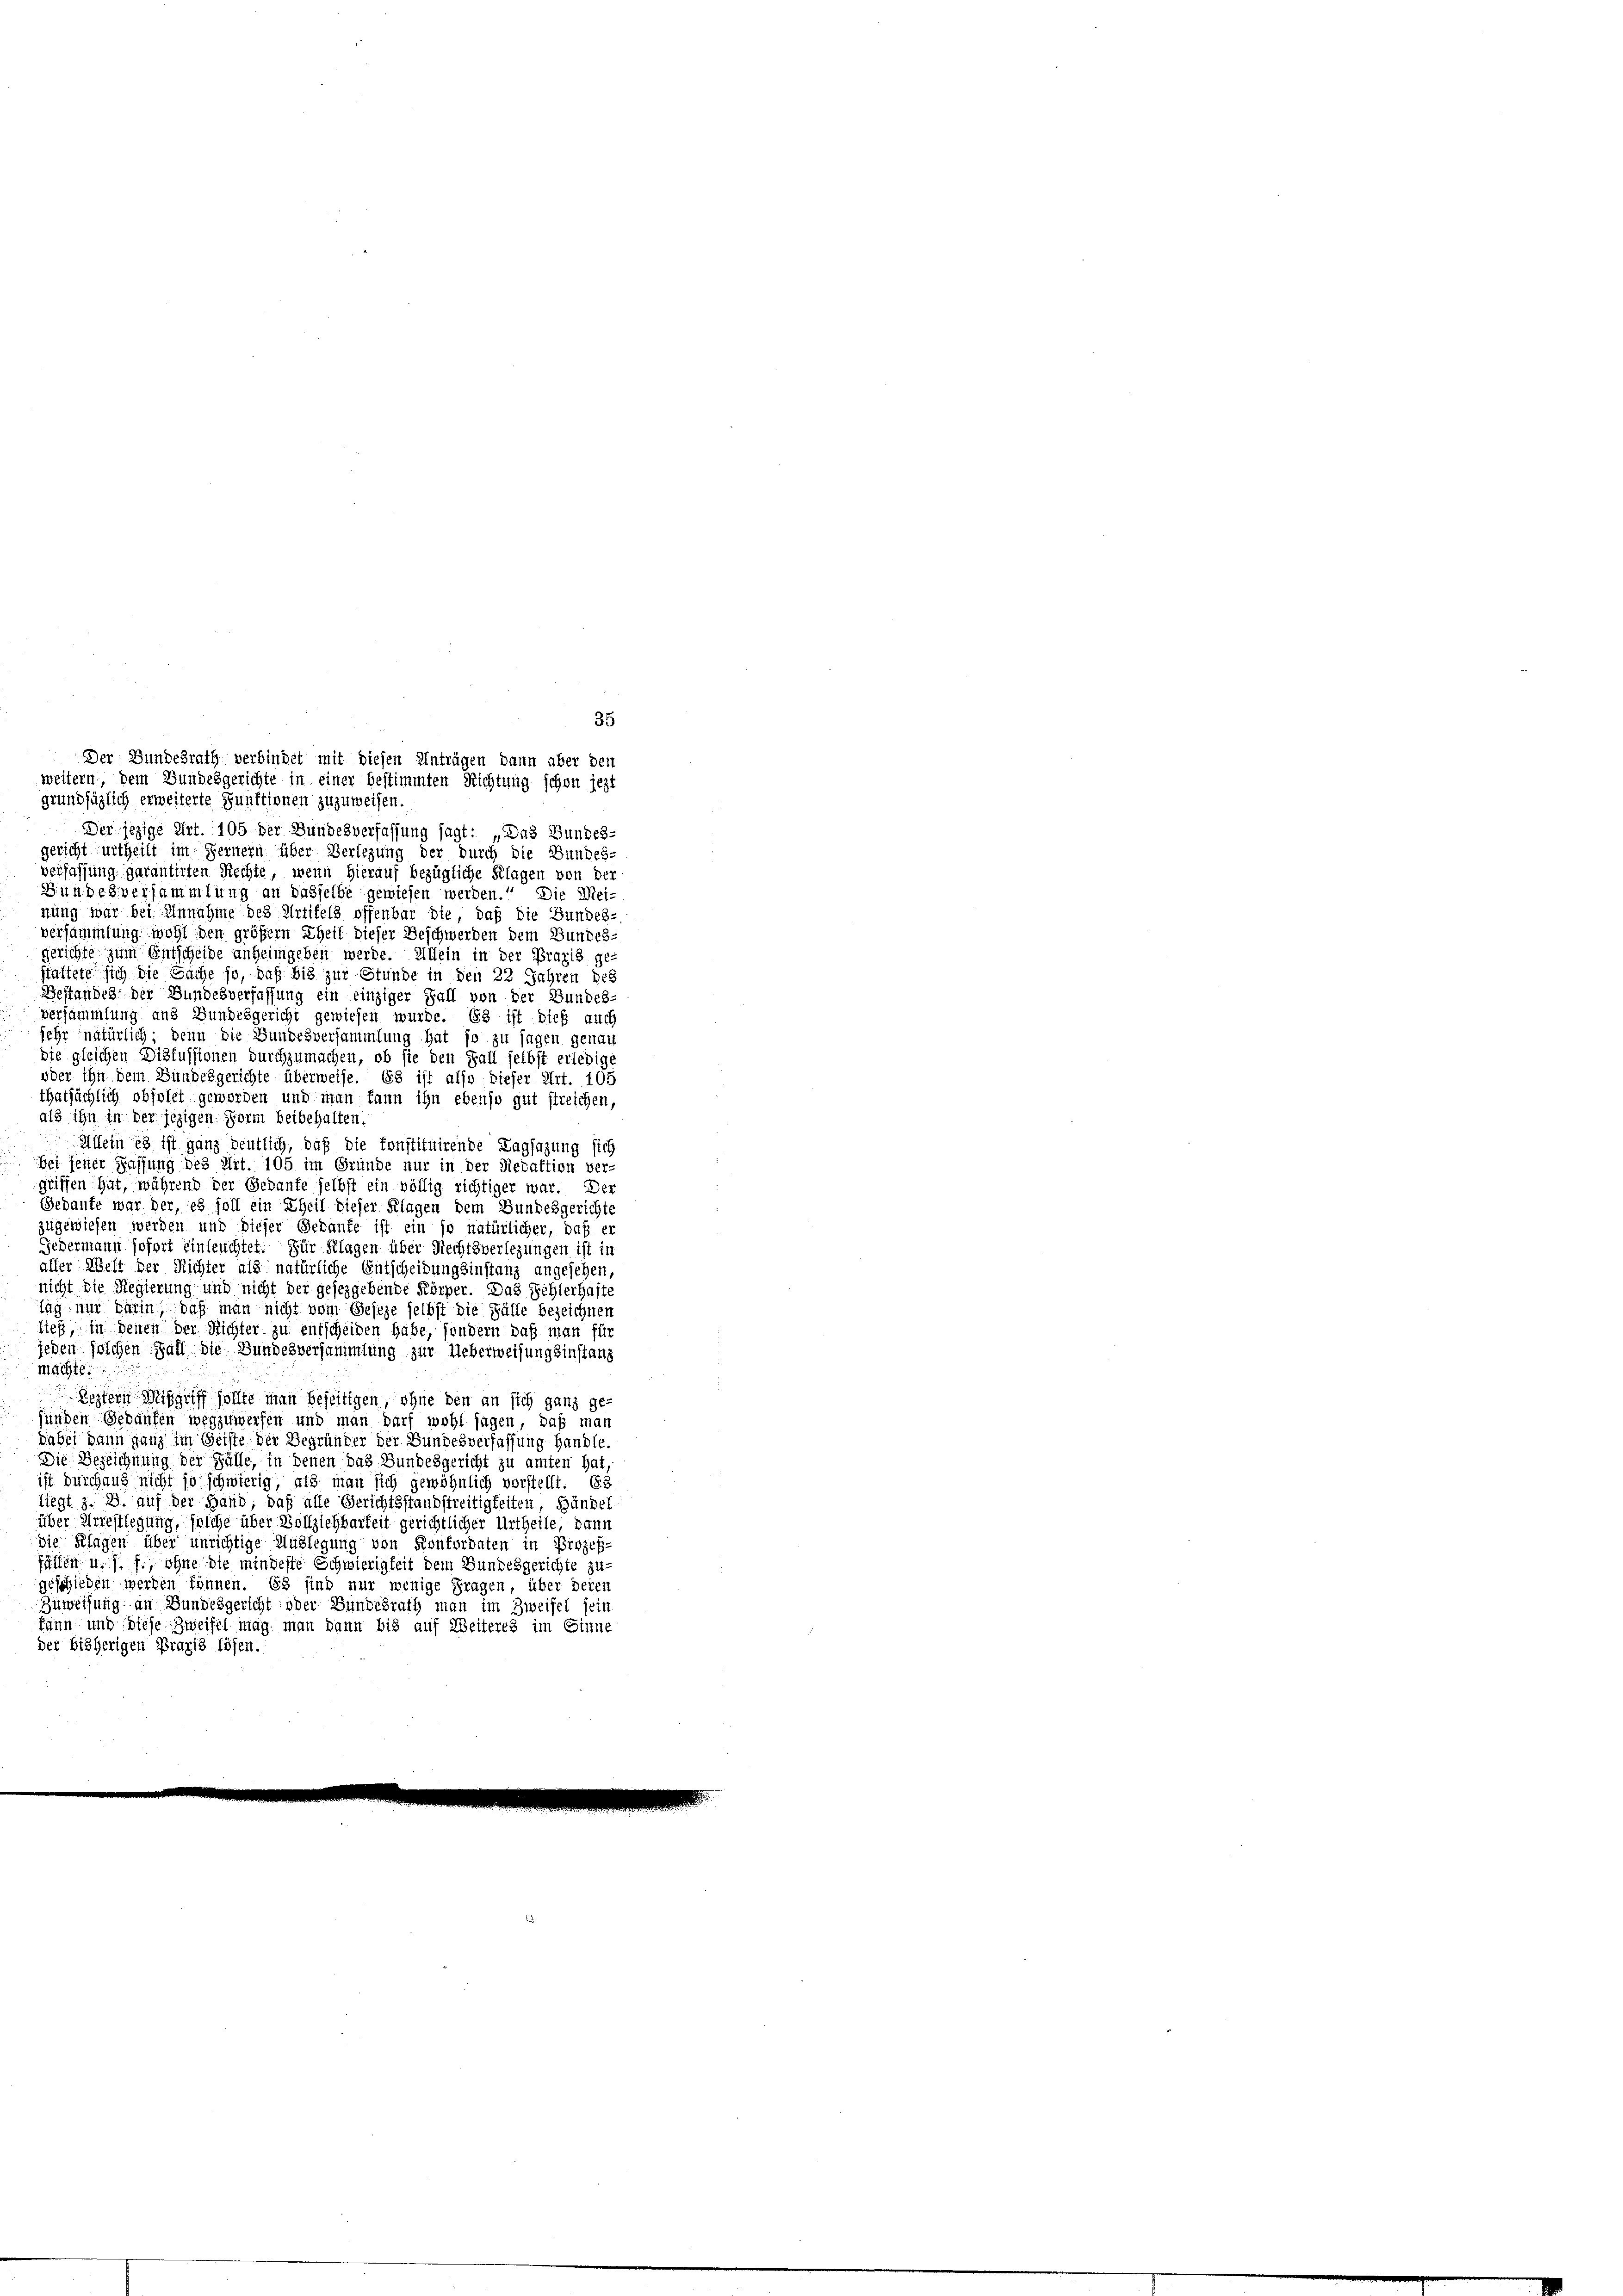
35
Der Bundesrath verbindet mit diesen Anträgen dann aber den
weitern, dem Bundesgerichte in einer bestimmten Richtung schon jezt

grundsätzlich erweiterte Punktionen zuzuweisen.
Der jezige Art. 105 der Bundesverfassung sagt: „Das Bundes-
gericht urtheilt im Fernern über Verlegung der durch die Bundes-
verfassung garantirten Rechte, wenn hierauf bezügliche Klagen von der
Gundesversammlung an dasselbe gewiesen werden.“ Die Mei-
nung war bei Annahme des Urtifels offenbar die daß die Bundes-
versammlung wohl den größern Theil dieser Beschwerden dem Bundes-
gerichte zum Entscheide anheimgeben werde. Allein in der Praxis ge-
staltete sich die Sache so, daß bis zur Stunde in den 22 Jahren des
Bestandes der Bundesverfassung ein einziger Fall von der Bundes-
versammlung aus Bundesgericht gewiesen wurde. Es ist dieß auch
sehr natürlich; denn die Bundesversammlung hat so zu sagen genau
die gleichen Diskussionen durchzumachen, ob sie den Fall selbst erledige
oder ihn dem Bundesgerichte überweise. Es ist also dieser Art. 105
thatsächlich obsolet geworden und man kann ihn ebenso gut streichen,
als ihn in der jezigen Form beibehalten.
Allein es ist ganz deutlich, daß die konstituirende Tagsazung sich
bei jener Fassung des Art. 105 im Gründe nur in der Redaktion ver-
griffen hat, während der Gedanke selbst ein völlig richtiger war. Der
Gedanke war der, es soll ein Theil dieser Klagen dem Bundesgerichte
zugewiesen werden und dieser Gedanke ist ein so natürlicher, daß er
Gedermann sofort einleuchtet. Für Klagen über Rechtsverlegungen ist in
aller Welt der Richter als natürliche Entscheidungsinstanz angesehen,
nicht die Regierung und nicht der gesezgebende Körper. Das Fehlerhafte
tag nur darin, daß man nicht vom Geseze selbst die Fälle bezeichnen
ließ, in denen der Richter zu entscheiden habe, sondern daß man für
jeden solchen Fall die Bundesversammlung zur Ueberweisungsinstanz
Machte
Restern Mißgriff sollte man beseitigen, ohne den an sich ganz ge-
fünden Gebäufen wegzuwerfen und man darf wohl sagen, daß man
dabei dann ganz im Geiste der Begründer der Bundesverfassung handle
Die Bezeichnung der Fälle, in denen das Bundesgericht zu amten hat
ist durchaus nicht so schwierig, als man sich gewöhnlich vorstellt. Es
liegt z. B. auf der Hand, daß alle Gerichtsstandstreitigkeiten, Bündel
über Arrestlegung, solche über Vollziehbarkeit gerichtlicher Urtheile, dann
die Klagen über unrichtige Auslegung von Konfurdaten in Prozeß-
fällen u. s. f., ohne die mindeste Schwierigkeit dem Bundesgerichte zu-
geschieden werden können. Es sind nur wenige Fragen, über deren
Zuweisung an Bundesgericht oder Bundesrath man im Zweifel sein
kann und diese Zweifel mag man dann bis auf Weiteres im Sinne
der bisherigen Praxis lösen.